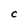
Character: C